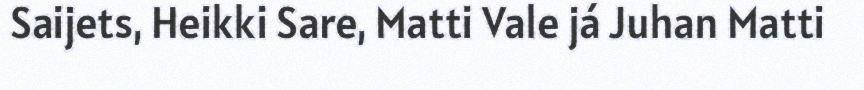
Saijets, Heikki Sare, Matti Vale já Juhan Matti